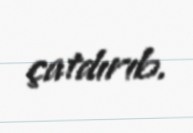
çatdırıb.